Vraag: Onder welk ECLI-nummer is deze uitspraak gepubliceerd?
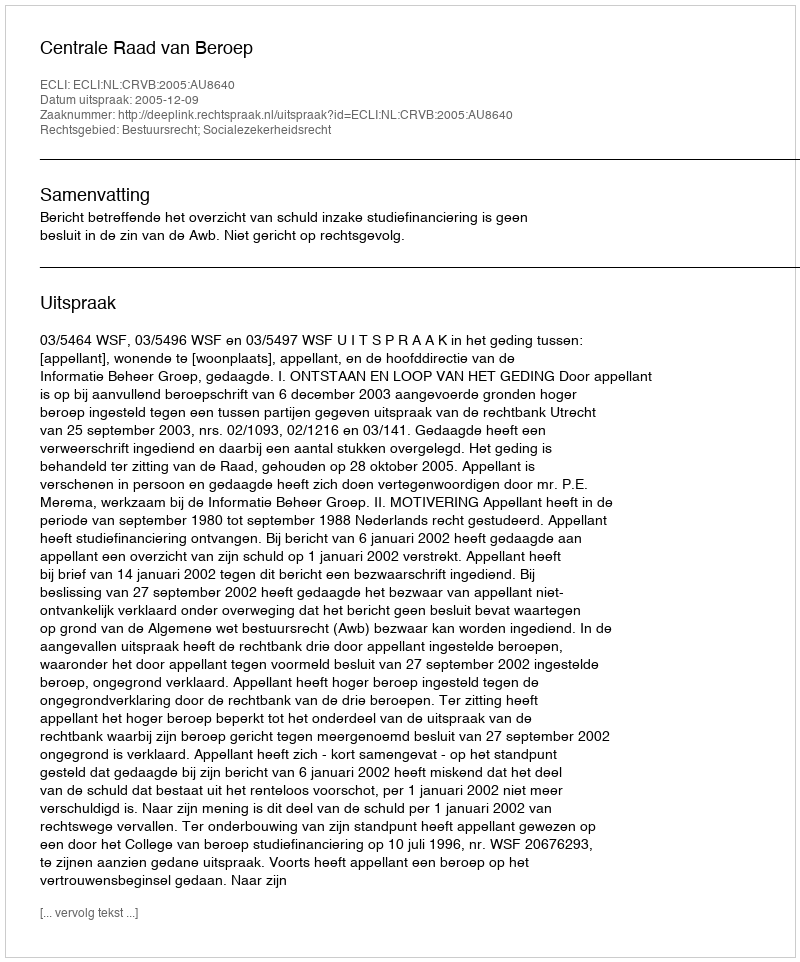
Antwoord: ECLI:NL:CRVB:2005:AU8640